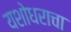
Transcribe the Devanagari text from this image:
यशोधराचा